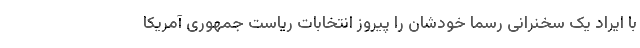
با ایراد یک سخنرانی رسما خودشان را پیروز انتخابات ریاست جمهوری آمریکا